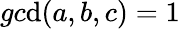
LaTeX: gc\mathrm{d}(a,b,c)=1